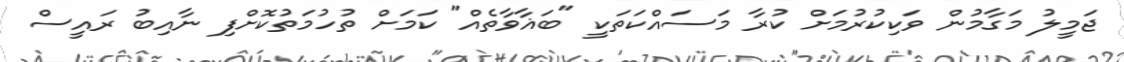
ޖަމީލު މަގާމުން ވަކިކުރުމަށް ކުރާ މަސައްކަތަކީ "ބަޣާވާތެއް" ކަމަށް ތުހުމަތުކޮށްފި ނާއިބު ރައީސް